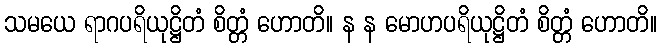
သမယေ ရာဂပရိယုဋ္ဌိတံ စိတ္တံ ဟောတိ။ န န မောဟပရိယုဋ္ဌိတံ စိတ္တံ ဟောတိ။